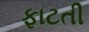
ફાટતી